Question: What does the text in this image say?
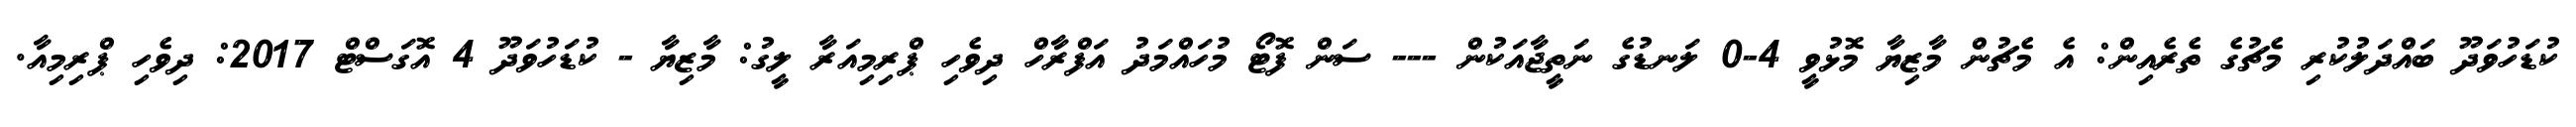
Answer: ކުޑަހުވަދޫ ބައްދަލުކުރި މެޗުގެ ތެރެއިން: އެ މެޗުން މާޒިޔާ މޮޅުވީ 4-0 ލަނޑުގެ ނަތީޖާއަކުން --- ސަން ފޮޓޯ މުހައްމަދު އަފްރާހް ދިވެހި ޕްރިމިއަރާ ލީގު: މާޒިޔާ - ކުޑަހުވަދޫ 4 އޮގަސްޓް 2017: ދިވެހި ޕްރިމިއާ.